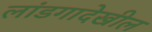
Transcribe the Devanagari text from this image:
लांडगादेखील